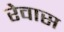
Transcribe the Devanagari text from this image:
रेवास